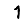
Digit: 1